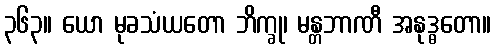
၃၆၃။ ယော မုခသံယတော ဘိက္ခု၊ မန္တဘာဏီ အနုဒ္ဓတော။